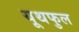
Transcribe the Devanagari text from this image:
यूथफुल